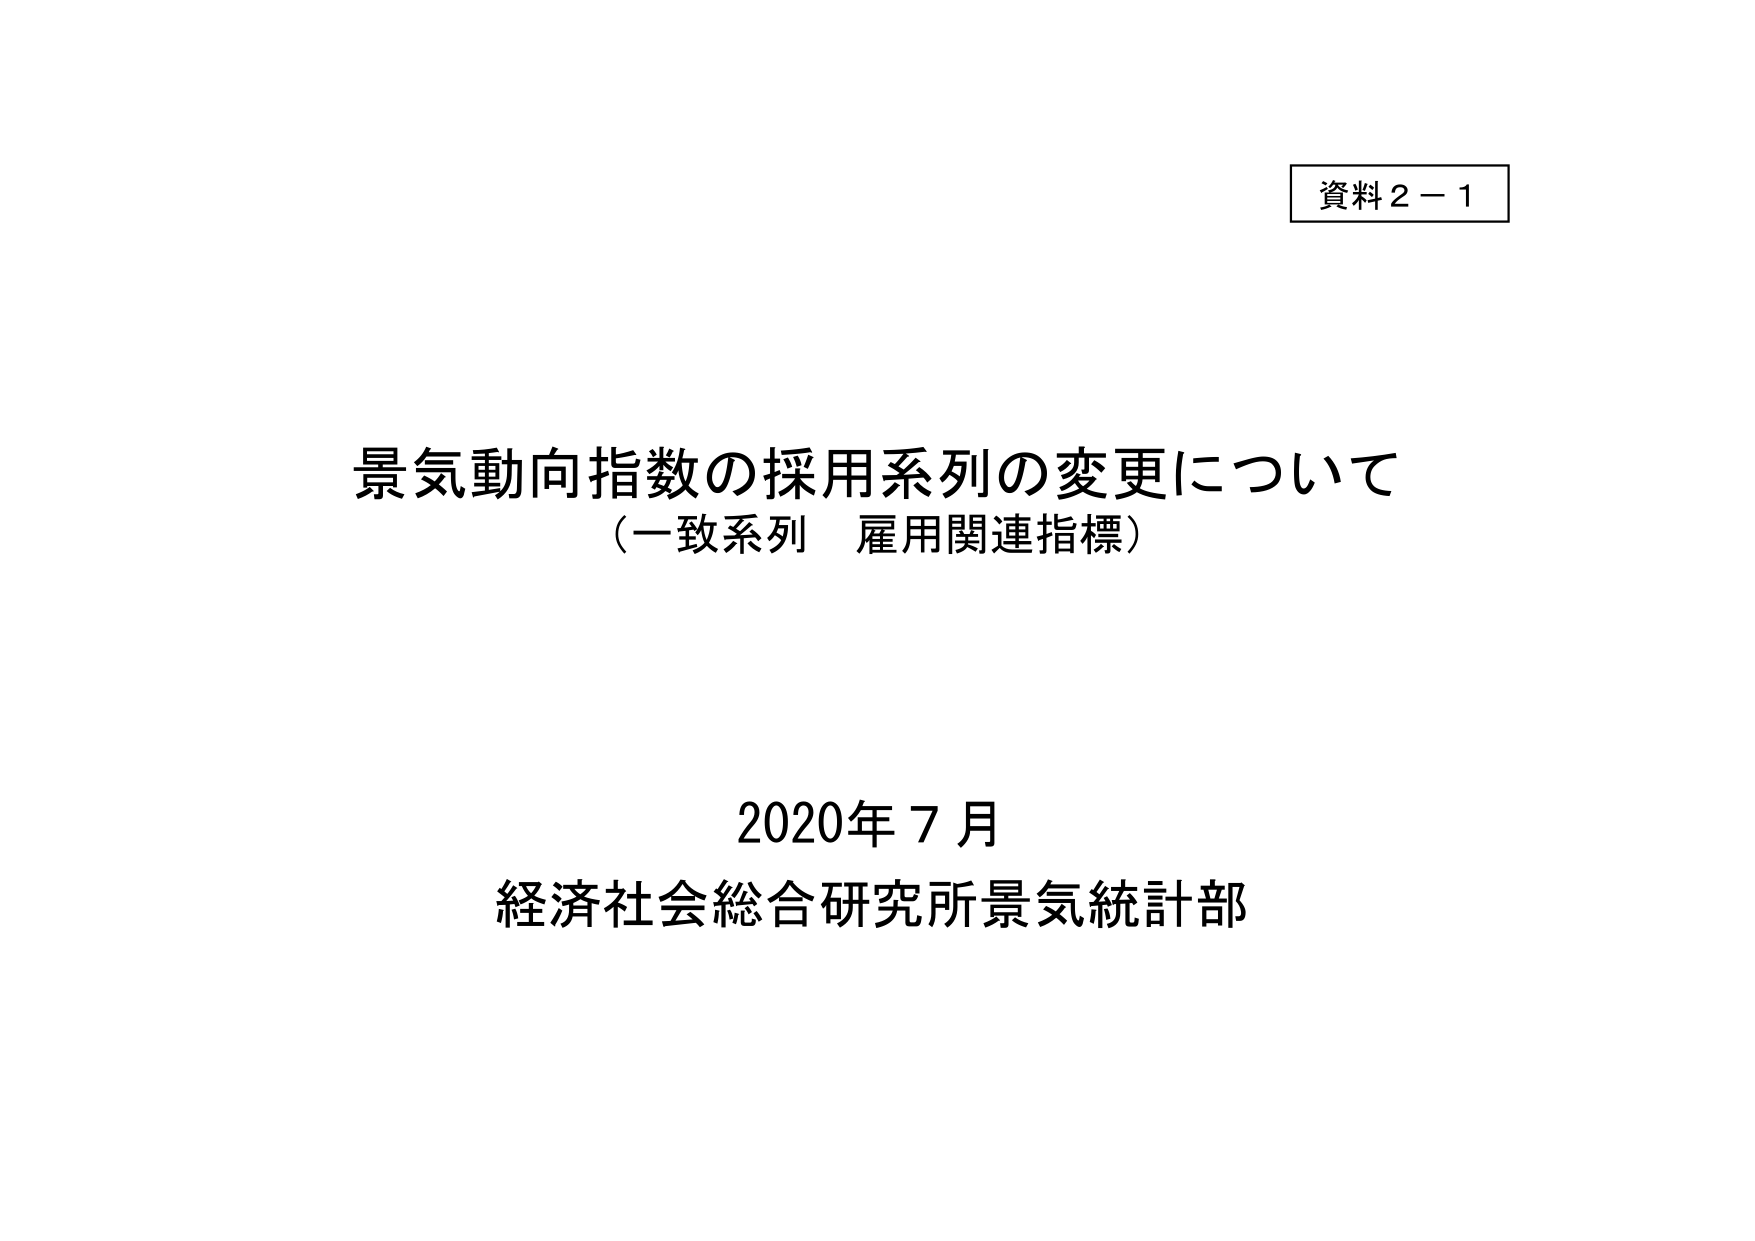
資料２－１

景気動向指数の採用系列の変更について
（一致系列 雇用関連指標）

2020年７月
経済社会総合研究所景気統計部